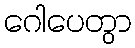
ဂေါပေတွာ